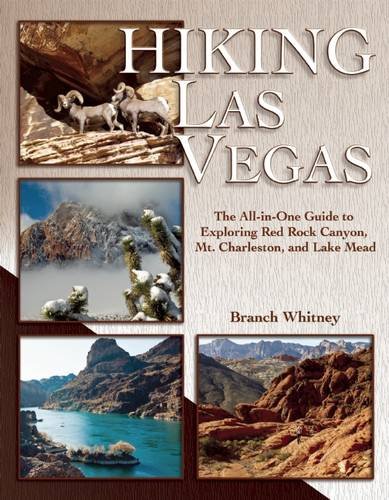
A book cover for Hiking Las Vegas: The All-in-One Guide to Exploring Red Rock Canyon, Mt. Charleston, and Lake Mead; Branch Whitney; Travel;